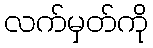
လက်မှတ်ကို